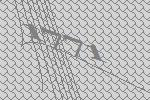
1771